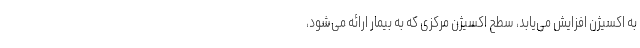
به اکسیژن افزایش می‌یابد، سطح اکسیژن مرکزی که به بیمار ارائه می‌شود،